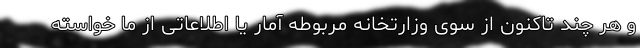
و هر چند تاکنون از سوی وزارتخانه مربوطه آمار یا اطلاعاتی از ما خواسته